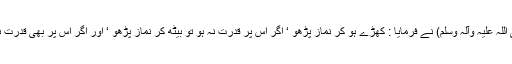
رسول اللہ (صلی اللہ علیہ وآلہ وسلم) نے فرمایا : کھڑے ہو کر نماز پڑھو ‘ اگر اس پر قدرت نہ ہو تو بیٹھ کر نماز پڑھو ‘ اور اگر اس پر بھی قدرت نہ ہو تو لیٹ کر۔